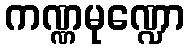
ကဏ္ဏမုဏ္ဍော